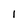
Character: 1